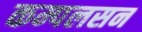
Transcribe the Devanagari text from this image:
कम्पलसन